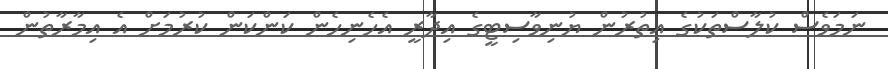
ނަމަވެސް ކުލާސްތަކުގެ އިތުރުން ޔުނިވާސިޓީގެ އިދާރީ އެހެނިހެން ކަންކަން ކުރުމަށް އެ އިމާރާތުން